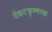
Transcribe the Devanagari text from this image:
वेंकटकृष्णय्या